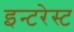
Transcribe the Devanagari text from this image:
इन्टरेस्ट